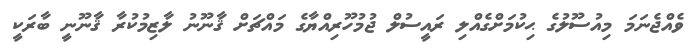
ވެއްޖެނަމަ މިއުސޫލުގެ ޙިކުމަށްގެއްލި ރައީސުލް ޖުމުހޫރިއްޔާގެ މައްޗަށް ޤާނޫނު ލާޒިމުކުރާ ޤާނޫނީ ބާރަކީ